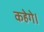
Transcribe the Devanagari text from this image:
कहेगे।